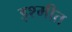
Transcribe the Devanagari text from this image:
इश्मीत